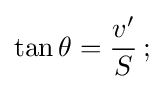
\tan \theta ={\frac {v'}{S}}\,;